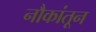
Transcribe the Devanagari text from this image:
नौकांतून